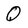
Character: Q